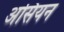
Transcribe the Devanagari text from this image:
असियन